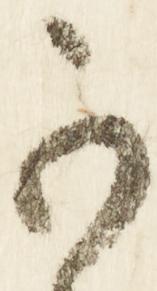
可